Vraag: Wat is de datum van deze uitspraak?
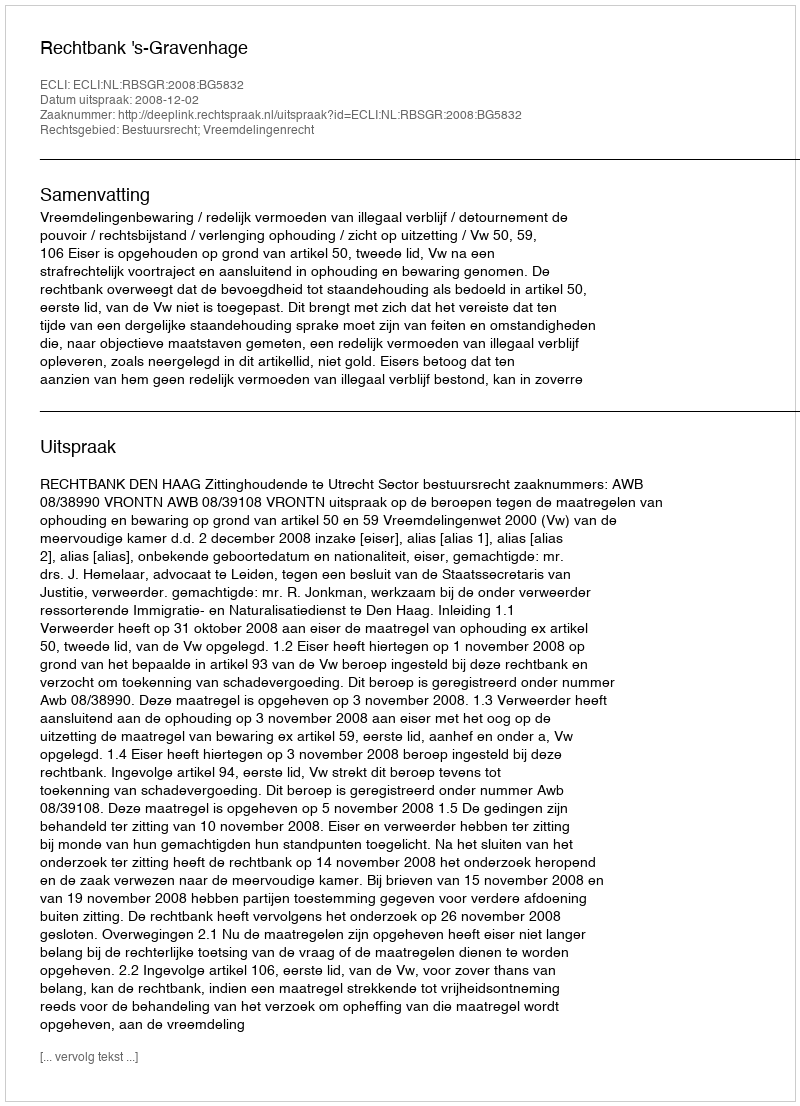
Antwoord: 2008-12-02